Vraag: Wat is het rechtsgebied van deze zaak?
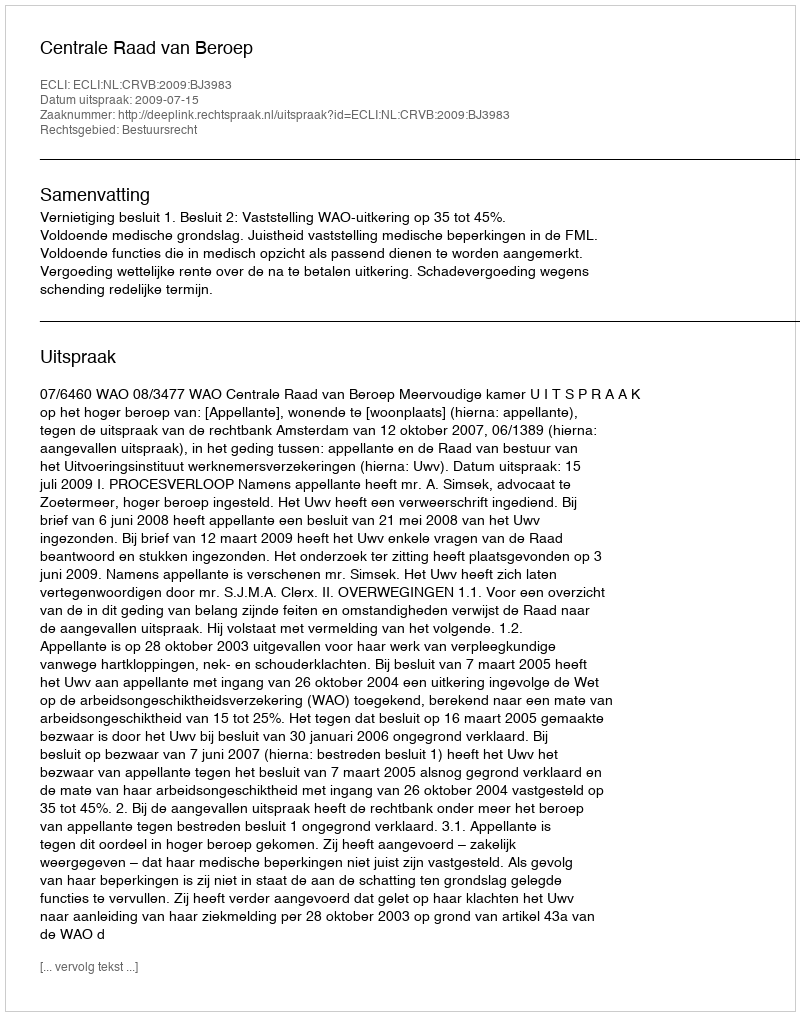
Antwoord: Bestuursrecht